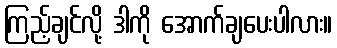
ကြည့်ချင်လို့ ဒါကို အောက်ချပေးပါလား။